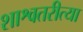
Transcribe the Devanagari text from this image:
शाश्वतरीत्या